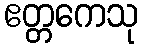
ဧတ္တကေသု